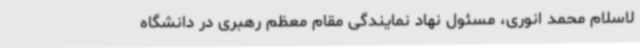
لاسلام محمد انوری، مسئول نهاد نمایندگی مقام معظم رهبری در دانشگاه